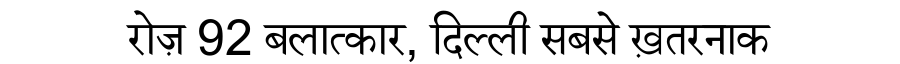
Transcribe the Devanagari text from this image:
रोज़ 92 बलात्कार, दिल्ली सबसे ख़तरनाक